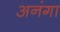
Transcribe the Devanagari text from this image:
अनंगा